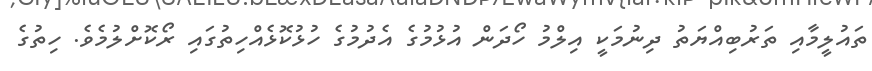
ތައުލީމާއި ތަރުބިއްޔަތު ދިނުމަކީ އިލްމު ހޯދަން އުޅުމުގެ އެދުމުގެ ހުޅުކޮޅެއްހިތުގައި ރޯކޮށްލުމެވެ. ހިތުގެ